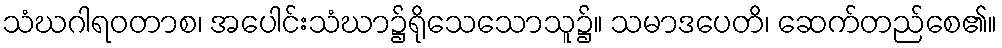
သံဃဂါရဝတာစ၊ အပေါင်းသံဃာ၌ရိုသေသောသူ၌။ သမာဒပေတိ၊ ဆေက်တည်စေ၏။